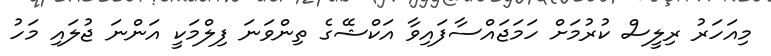
މިއަހަރު ރިލީސް ކުރުމަށް ހަމަޖައްސާފައިވާ އަކްޝޭގެ ތިންވަނަ ފިލްމަކީ އަންނަ ޖުލައި މަހު